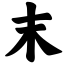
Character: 末